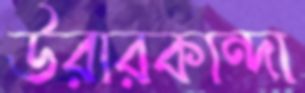
উরারকান্দা